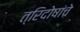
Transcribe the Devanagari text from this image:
त्रिदोषांचे